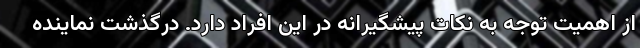
از اهمیت توجه به نکات پیشگیرانه در این افراد دارد. درگذشت نماینده